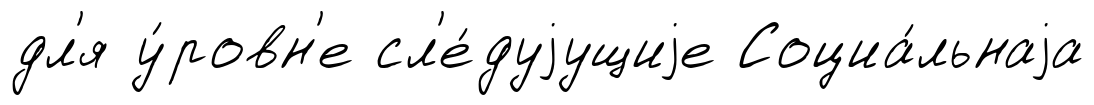
дл'я у́ровн'е сл'е́дуjущиjе Социа́льнаjа